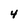
Character: 4